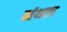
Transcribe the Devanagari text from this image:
मंथल